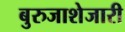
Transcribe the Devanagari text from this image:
बुरुजाशेजारी